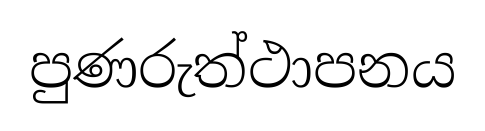
පුණරුත්ථාපනය